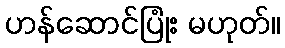
ဟန်ဆောင်ပြုံး မဟုတ်။